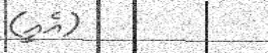
(އެއީ)